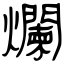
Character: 爛